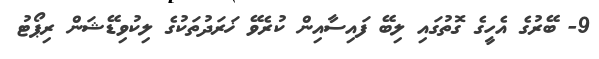
9- ބޭރުގެ އެހީގެ ގޮތުގައި ލިބޭ ފައިސާއިން ކުރެވޭ ޚަރަދުތަކުގެ ލިކުވިޑޭޝަން ރިޕޯޓު